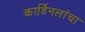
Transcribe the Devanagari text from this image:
कार्डिनलांचा